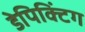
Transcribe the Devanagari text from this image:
डेपिक्टिंग